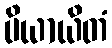
ပိယာယိတံ